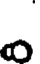
-